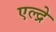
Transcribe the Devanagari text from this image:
एल्द्रे